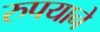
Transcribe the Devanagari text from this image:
रुपयाने